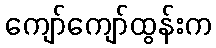
ကျော်ကျော်ထွန်းက